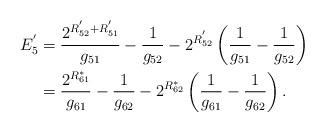
LaTeX: \begin{align*}E_5^{'}&=\frac{2^{R_{52}^{'}+R_{51}^{'}}}{g_{51}}-\frac{1}{g_{52}}-2^{R_{52}^{'}}\left(\frac{1}{g_{51}}-\frac{1}{g_{52}}\right)\\&=\frac{2^{R_{61}^*}}{g_{61}}-\frac{1}{g_{62}}-2^{R_{62}^*}\left(\frac{1}{g_{61}}-\frac{1}{g_{62}}\right).\end{align*}